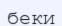
беки